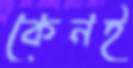
কেনই